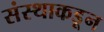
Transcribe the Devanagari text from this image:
संस्थाकडून